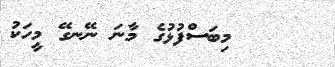
މިބަސްފުޅުގެ މާނަ ނޭނގޭ މީހަކު